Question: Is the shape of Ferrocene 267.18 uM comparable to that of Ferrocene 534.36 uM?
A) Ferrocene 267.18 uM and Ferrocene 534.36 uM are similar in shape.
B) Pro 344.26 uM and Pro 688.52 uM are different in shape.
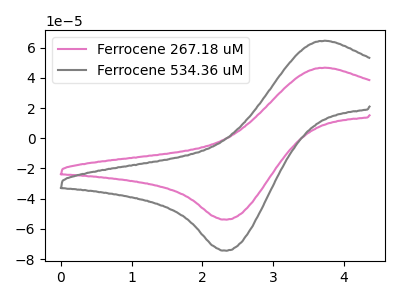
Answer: <think>The pink curve "Ferrocene 267.18 uM" has an anodic peak at (3.75V, 46.75uA) and a cathodic peak at (2.35V, -53.85uA). The gray curve "Ferrocene 534.36 uM" has an anodic peak at (3.75V, 64.60uA) and a cathodic peak at (2.35V, -74.40uA).
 All the peaks in "Ferrocene 267.18 uM" have a peak in "Ferrocene 534.36 uM" at the same potential. Every peak in "Ferrocene 267.18 uM" is lower than every peak in "Ferrocene 534.36 uM".</think>
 <answer>A) "Ferrocene 267.18 uM" and "Ferrocene 534.36 uM" are similar in shape.</answer>
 <eval>A</eval>